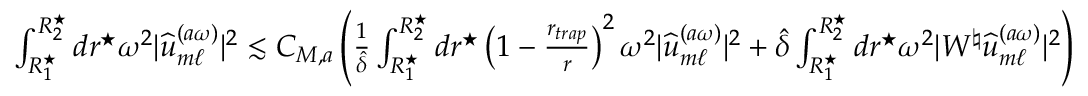
\begin{array} { r } { \int _ { R _ { 1 } ^ { \star } } ^ { R _ { 2 } ^ { \star } } d r ^ { \star } \omega ^ { 2 } | \widehat { u } _ { m \ell } ^ { ( a \omega ) } | ^ { 2 } \lesssim C _ { M , a } \left( \frac { 1 } { \hat { \delta } } \int _ { R _ { 1 } ^ { \star } } ^ { R _ { 2 } ^ { \star } } d r ^ { \star } \left( 1 - \frac { r _ { t r a p } } { r } \right) ^ { 2 } \omega ^ { 2 } | \widehat { u } _ { m \ell } ^ { ( a \omega ) } | ^ { 2 } + \hat { \delta } \int _ { R _ { 1 } ^ { \star } } ^ { R _ { 2 } ^ { \star } } d r ^ { \star } \omega ^ { 2 } | W ^ { \natural } \widehat { u } _ { m \ell } ^ { ( a \omega ) } | ^ { 2 } \right) } \end{array}